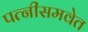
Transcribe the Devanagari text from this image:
पत्नीसमवेत